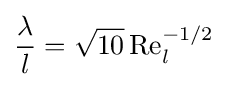
{\frac {\lambda }{l}}={\sqrt {10}}\,{\text{Re}}_{l}^{-1/2}